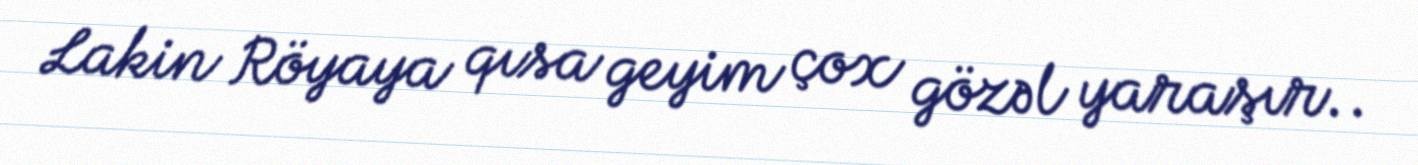
Lakin Röyaya qısa geyim çox gözəl yaraşır..